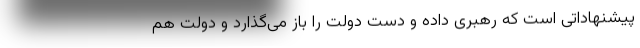
پیشنهاداتی است که رهبری داده و دست دولت را باز می‌گذارد و دولت هم